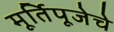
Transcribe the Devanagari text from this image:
मूर्तिपूजेचे